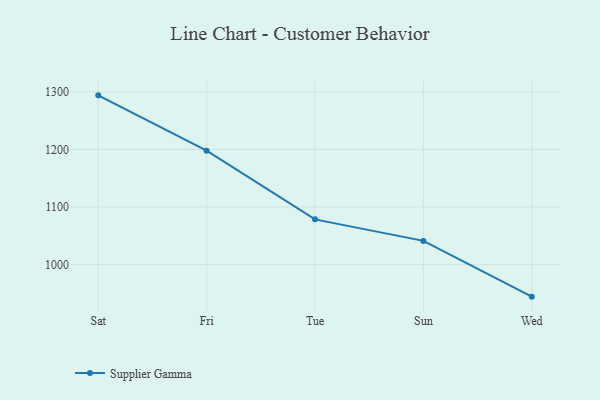
{"axis": {"x": "Day", "y": "Customer Acquisition Cost (USD)"}, "legend": ["Supplier Gamma"], "data": [{"x": "Sat", "y": 1294.0, "type": "Supplier Gamma"}, {"x": "Fri", "y": 1197.8, "type": "Supplier Gamma"}, {"x": "Tue", "y": 1078.5, "type": "Supplier Gamma"}, {"x": "Sun", "y": 1041.1, "type": "Supplier Gamma"}, {"x": "Wed", "y": 944.2, "type": "Supplier Gamma"}]}